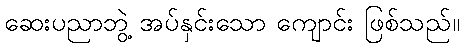
ဆေးပညာဘွဲ့ အပ်နှင်းသော ကျောင်း ဖြစ်သည်။